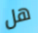
هل